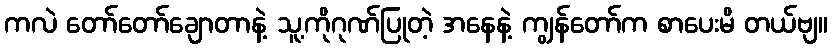
ကလဲ တော်တော်ချောတာနဲ့ သူ့ကိုဂုဏ်ပြုတဲ့ အနေနဲ့ ကျွန်တော်က စာပေးမိ တယ်ဗျ။